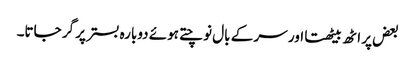
بعض پر اٹھ بیٹھتا اور سر کے بال نوچتے ہوئے دوبارہ بستر پر گر جاتا۔